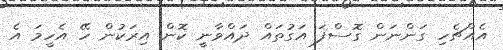
އެއްޗެހި ގަންނަން ގޮސްފަ އަގުތައް ދައްވާނީ ކޮން އިރަކުން ހޭ އެހީމަ އެ